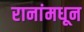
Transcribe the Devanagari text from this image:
रानांमधून